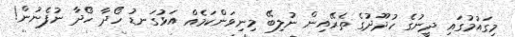
މިގައުމުގައި ދީނުގެ ހުދޫދުގެ ތެރޭއިން ނުލިބޭ މިނިވަންކަމެއް އަޅުގަނޑު ހޯދާ ހޯދާ ނުފެނުން!